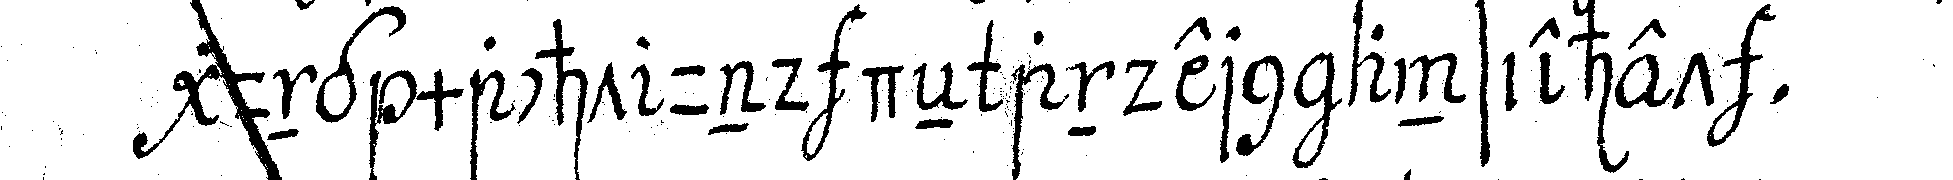
gung macht und deN andern ansiehet .